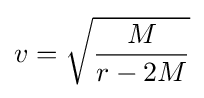
v={\sqrt {\frac {M}{r-2M}}}